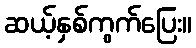
ဆယ့်နှစ်ကွက်ပြေး။